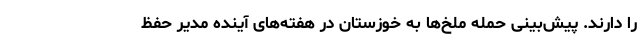
را دارند. پیش‌بینی حمله ملخ‌ها به خوزستان در هفته‌های آینده مدیر حفظ